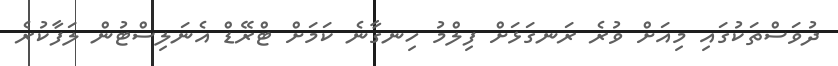
ދުވަސްތަކުގައި މިއަށް ވުރެ ރަނގަޅަށް ފިލްމު ހިނގާނެ ކަމަށް ޓްރޭޑް އެނަލިސްޓުން ލަފާކުރެ